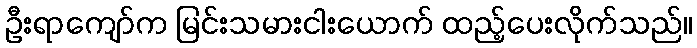
ဦးရာကျော်က မြင်းသမားငါးယောက် ထည့်ပေးလိုက်သည်။